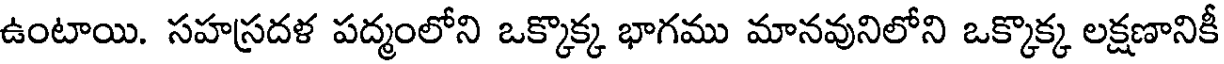
ఉంటాయి. సహస్రదళ పద్మంలోని ఒక్కొక్క భాగము మానవునిలోని ఒక్కొక్క లక్షణానికీ